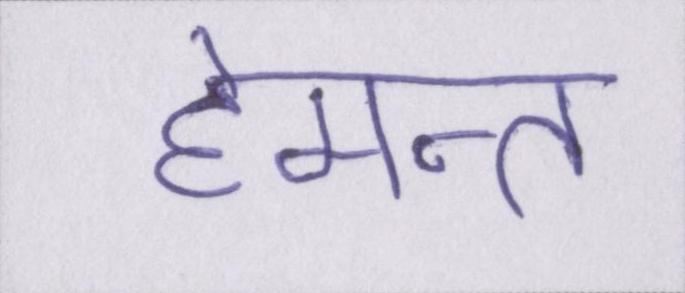
हेमन्त